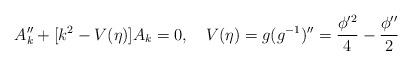
LaTeX: \begin{align*}A_{k}'' + [ k^2 - V(\eta)]A_{k}= 0,~~~V(\eta) = g(g^{-1})'' = \frac{\phi'^2}{4}-\frac{\phi''}{2}\end{align*}